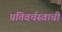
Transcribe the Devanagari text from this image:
प्रतिवर्चस्वाची